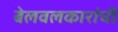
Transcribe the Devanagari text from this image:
बेलवलकारांची